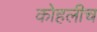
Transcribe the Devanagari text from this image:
कोहलीच